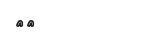
٧٨